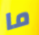
ما